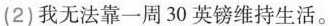
(2)我无法靠一周30英镑维持生活。